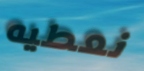
نعطيه